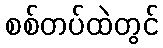
စစ်တပ်ထဲတွင်